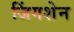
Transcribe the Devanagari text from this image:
जिंगशेन